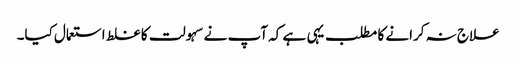
علاج نہ کرانے کا مطلب یہی ہے کہ آپ نے سہولت کا غلط استعمال کیا۔